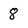
Character: 8